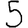
Digit: 5